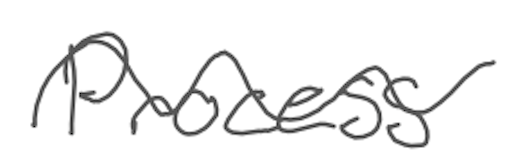
Text: Process
Cross-out: wave
Writing tool: digital_gray